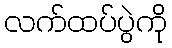
လက်ထပ်ပွဲကို